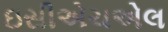
ઇસીએચએલ